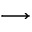
\longrightarrow